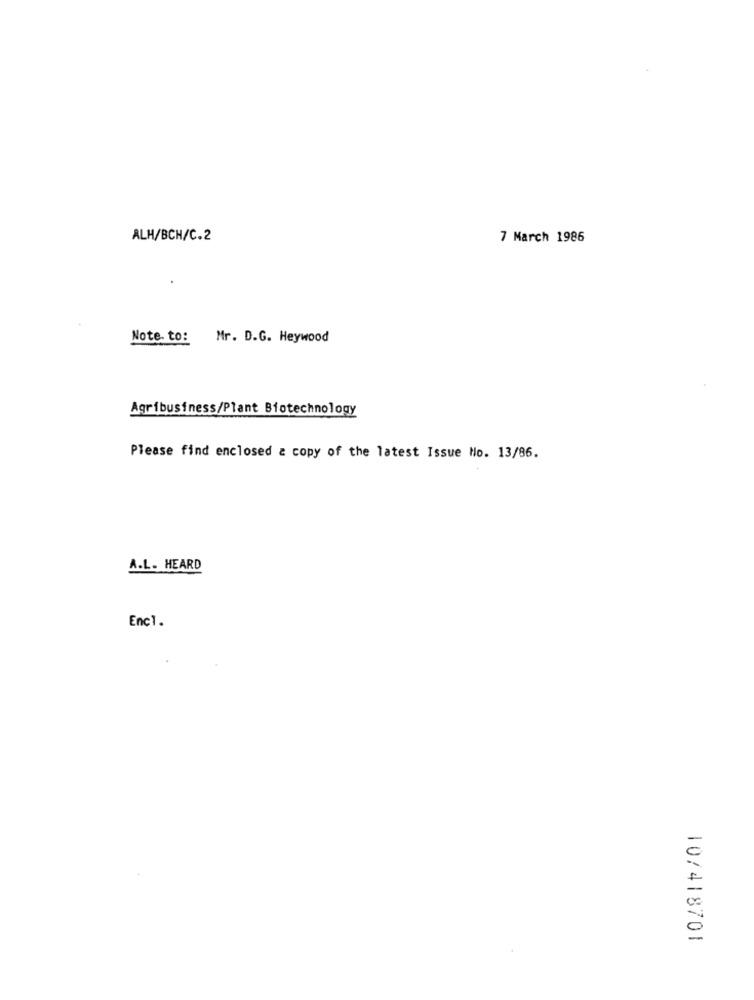
ALH/BCH/C.2
7 March 1986
Note- to: Mr. D.G. Heywood
Agribusiness/Plant Biotechnology
Please find enclosed & copy of the latest Issue No. 13/86.
A.L. HEARD
Enc1.
-
0
107418701